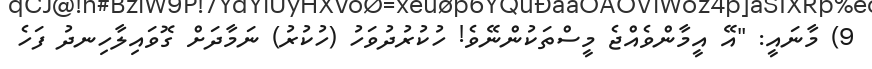
9) މާނައީ: "އޭ އީމާންވެއްޖެ މީސްތަކުންނޭވެ! ހުކުރުދުވަހު (ހުކުރު) ނަމާދަށް ގޮވައިލާހިނދު ފަހެ